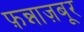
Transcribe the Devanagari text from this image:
फ़न्नाज़बूर